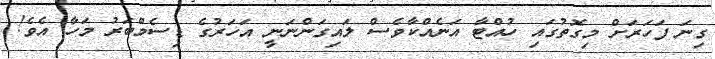
ގިނަ ފަހަރަށް މިގޮތުގައި ހުއްޓާ އަނެއްކާވެސް ލައިގަންނަނީ އަހަރުގެ ޑިސެމްބަރު މަހާ އެވެ!